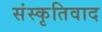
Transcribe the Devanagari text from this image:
संस्कृतिवाद